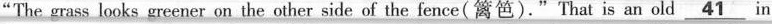
"The grass looks greener on the other side of the fence(篱笆)."That is an old \underline{41}in